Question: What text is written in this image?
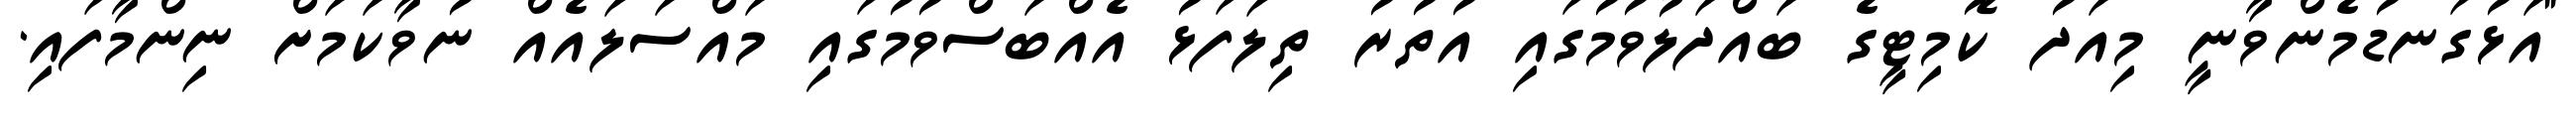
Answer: "އަޅުގަނޑުމެންވާނީ މިއަދު ކޮމިޓީގެ ބައްދަލުވުމުގައި އުތުރު ތިލަފަޅު އެއްބަސްވުމުގައި މައްސަލައެއް ނުވާކަމަށް ނިންމާފައި.